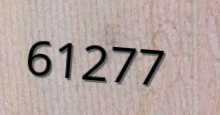
61277